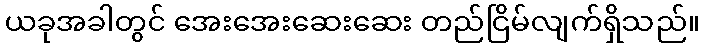
ယခုအခါတွင် အေးအေးဆေးဆေး တည်ငြိမ်လျက်ရှိသည်။